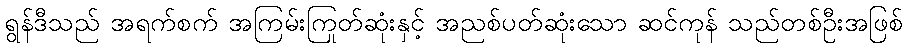
ရွန်ဒီသည် အရက်စက် အကြမ်းကြုတ်ဆုံးနှင့် အညစ်ပတ်ဆုံးသော ဆင်ကုန် သည်တစ်ဦးအဖြစ်